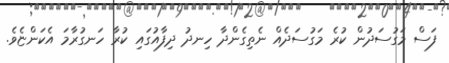
ފަސް މަގުސަދުން ކުރެ މަގުސަދެއް ނެތިގެންދާ ހިނދު ދިފާއުގައި ކުރާ ހަނގުރާމަ އެކަންޏެވެ.